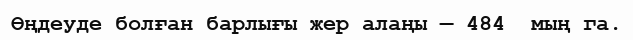
Өңдеуде болған барлығы жер алаңы — 484  мың га.